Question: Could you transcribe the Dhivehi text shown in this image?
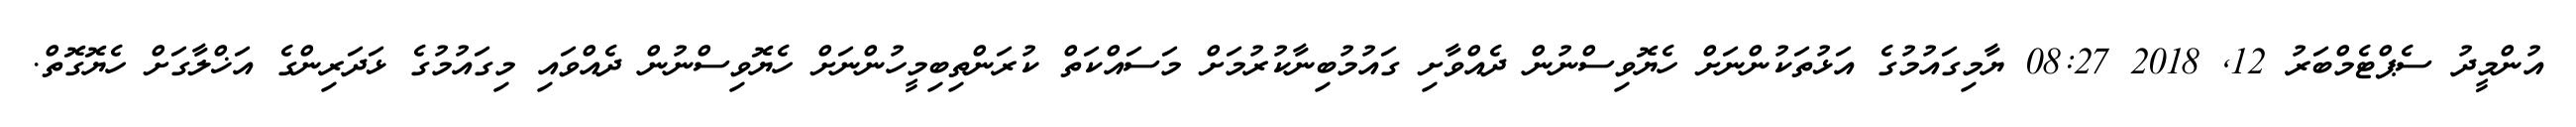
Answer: އުންމީދު ސެޕްޓެމްބަރު 12, 2018 08:27 ޔާމިގައުމުގެ އަޅުތަކުންނަށް ހެޔޮވިސްނުން ދެއްވާށި ގައުމުބިނާކުރުމަށް މަސައްކަތް ކުރަންތިބިމީހުންނަށް ހެޔޮވިސްނުން ދެއްވައި މިގައުމުގެ ޅަދަރިންގެ އަޚްލާގަށް ހެޔޮގޮތް.